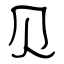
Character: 贝